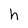
Character: h